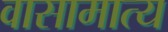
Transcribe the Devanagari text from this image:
वासामात्य